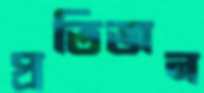
প্রতিজন